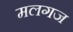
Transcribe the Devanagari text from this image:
मलगज